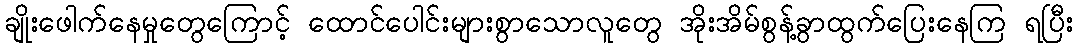
ချိုးဖေါက်နေမှုတွေကြောင့် ထောင်ပေါင်းများစွာသောလူတွေ အိုးအိမ်စွန့်ခွာထွက်ပြေးနေကြ ရပြီး